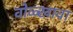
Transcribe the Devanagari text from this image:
वोळ्खावा